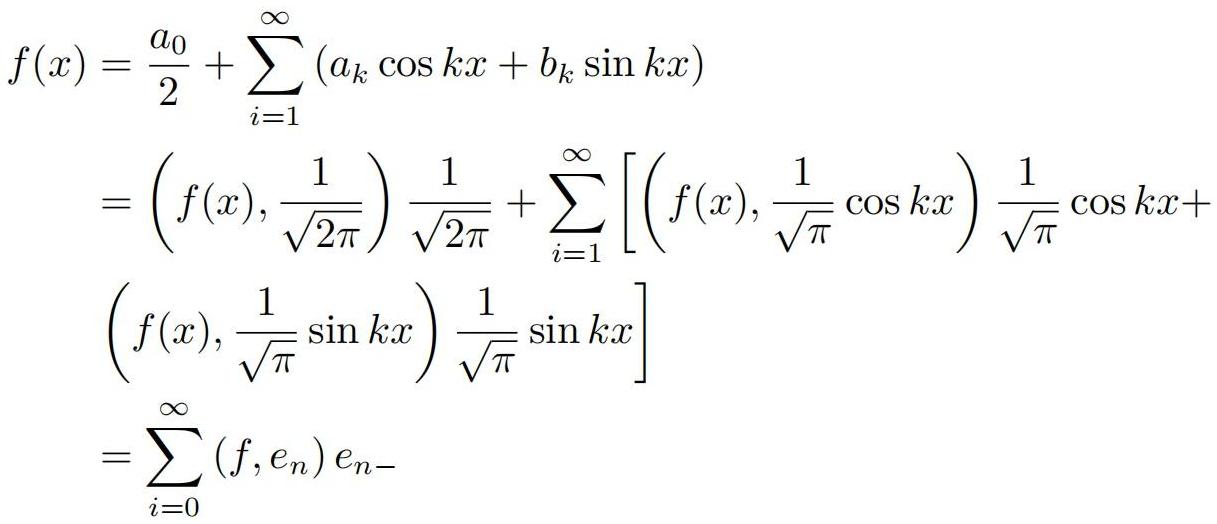
\[
\begin{align*}
f(x)&=\frac{a_0}{2}+\sum_{i = 1}^{\infty}(a_k\cos kx + b_k\sin kx)\\
&=\left(f(x),\frac{1}{\sqrt{2\pi}}\right)\frac{1}{\sqrt{2\pi}}+\sum_{i = 1}^{\infty}\left[\left(f(x),\frac{1}{\sqrt{\pi}}\cos kx\right)\frac{1}{\sqrt{\pi}}\cos kx+\right.\\
&\left.\left(f(x),\frac{1}{\sqrt{\pi}}\sin kx\right)\frac{1}{\sqrt{\pi}}\sin kx\right]\\
&=\sum_{i = 0}^{\infty}(f,e_n)e_{n - }
\end{align*}
\]